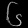
Digit: ၆